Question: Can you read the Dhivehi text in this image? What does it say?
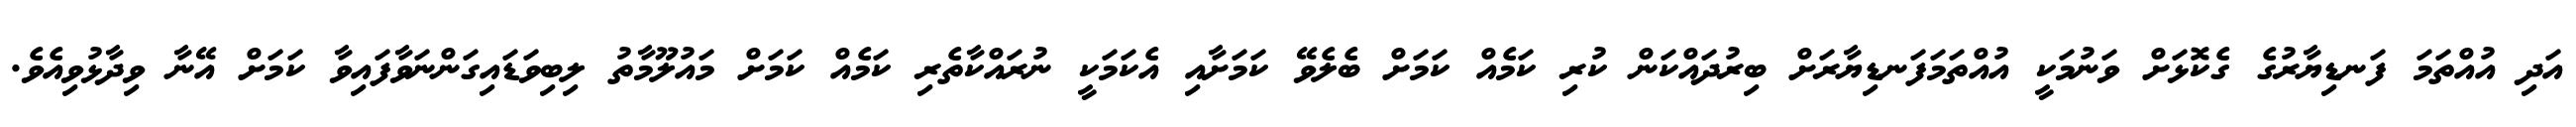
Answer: އަދި އުއްތަމަ ފަނޑިޔާރުގެ ގެކޮޅަށް ވަނުމަކީ އުއްތަމަފަނޑިޔާރަށް ބިރުދައްކަން ކުރި ކަމެއް ކަމަށް ބެލެވޭ ކަމަށާއި އެކަމަކީ ނުރައްކާތެރި ކަމެއް ކަމަށް މައުލޫމާތު ލިބިވަޑައިގަންނަވާފައިވާ ކަމަށް އޭނާ ވިދާޅުވިއެވެ.